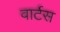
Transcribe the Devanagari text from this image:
वार्टस